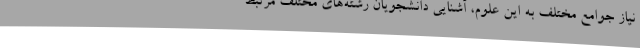
نیاز جوامع مختلف به این علوم، آشنایی دانشجویان رشته‌های مختلف مرتبط